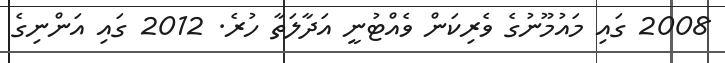
2008 ގައި މައުމޫނުގެ ވެރިކަން ވެއްޓުނީ އަދާލަތާ ހުރެ. 2012 ގައި އަންނިގެ